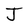
Character: J